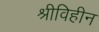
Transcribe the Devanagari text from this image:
श्रीविहीन